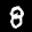
Label: 8